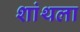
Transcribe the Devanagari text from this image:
शांथला